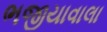
ભજીયાવાલા